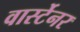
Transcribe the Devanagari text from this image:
वार्स्टेनर